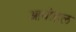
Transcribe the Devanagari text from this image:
आयोहल